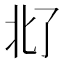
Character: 𪜜